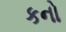
કનો